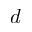
d